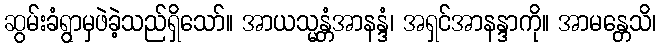
ဆွမ်းခံရွာမှဖဲခဲ့သည်ရှိသော်။ အာယသ္မန္တံအာနန္ဒံ၊ အရှင်အာနန္ဒာကို။ အာမန္တေသိ၊